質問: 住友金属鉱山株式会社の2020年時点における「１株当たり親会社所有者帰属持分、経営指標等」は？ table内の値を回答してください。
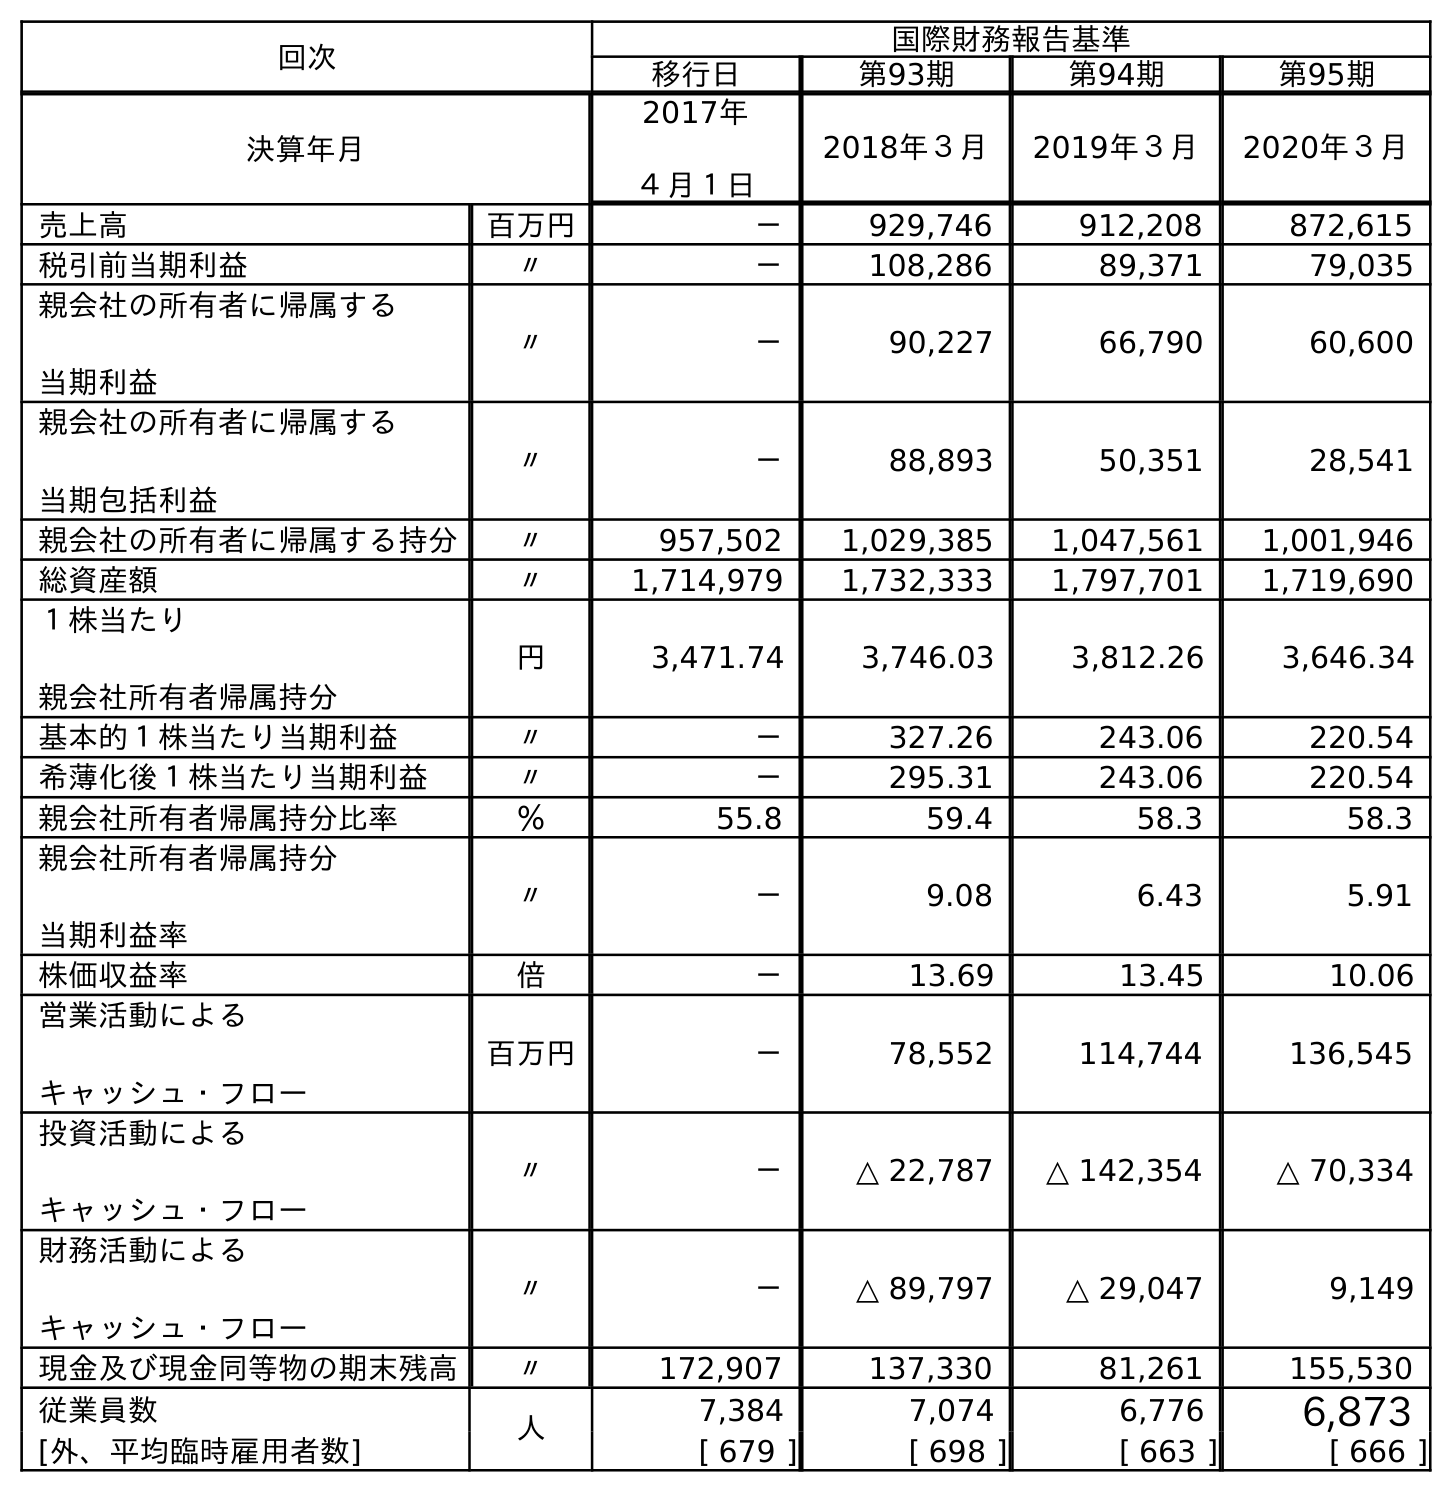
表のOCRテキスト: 回次 国際財務報告基準 移行日 第93期 第94期 第95期 決算年月 2017年 ４月１日 2018年３月 2019年３月 2020年３月 売上高 百万円 － 929,746 912,208 872,615 税引前当期利益 〃 － 108,286 89,371 79,035 親会社の所有者に帰属する 当期利益 〃 － 90,227 66,790 60,600 親会社の所有者に帰属する 当期包括利益 〃 － 88,893 50,351 28,541 親会社の所有者に帰属する持分 〃 957,502 1,029,385 1,047,561 1,001,946 総資産額 〃 1,714,979 1,732,333 1,797,701 1,719,690 １株当たり 親会社所有者帰属持分 円 3,471.74 3,746.03 3,812.26 3,646.34 基本的１株当たり当期利益 〃 － 327.26 243.06 220.54 希薄化後１株当たり当期利益 〃 － 295.31 243.06 220.54 親会社所有者帰属持分比率 ％ 55.8 59.4 58.3 58.3 親会社所有者帰属持分 当期利益率 〃 － 9.08 6.43 5.91 株価収益率 倍 － 13.69 13.45 10.06 営業活動による キャッシュ・フロー 百万円 － 78,552 114,744 136,545 投資活動による キャッシュ・フロー 〃 － △ 22,787 △ 142,354 △ 70,334 財務活動による キャッシュ・フロー 〃 － △ 89,797 △ 29,047 9,149 現金及び現金同等物の期末残高 〃 172,907 137,330 81,261 155,530 従業員数 人 7,384 7,074 6,776 6,873 [外、平均臨時雇用者数] [ 679 ] [ 698 ] [ 663 ] [ 666 ]
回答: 3,646.34